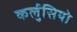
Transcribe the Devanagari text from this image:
कर्लुसियो